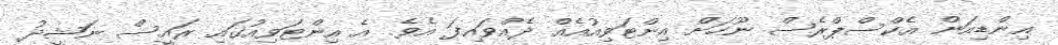
އިންޑިއަން އެކްސްޕްރެސް ނޫހަށް އިންޓަވިއުއެއް ދެއްވައިފަ އެވެ. އެ އިންޓަވިއުގައި ރައީސް ނަޝީދު